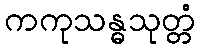
ကကုသန္ဓသုတ္တံ